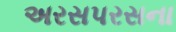
અરસપરસના